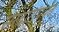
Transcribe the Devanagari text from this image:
सरदारांपर्यंत